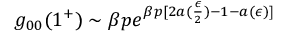
g _ { 0 0 } ( 1 ^ { + } ) \sim \beta p e ^ { \beta p [ 2 a ( \frac { \epsilon } { 2 } ) - 1 - a ( \epsilon ) ] }